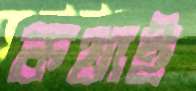
কথাই